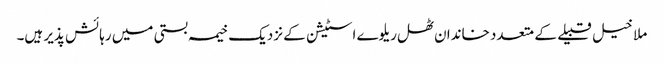
ملا خیل قبیلے کے متعدد خاندان ٹھل ریلوے اسٹیشن کے نزدیک خیمہ بستی میں رہائش پذیر ہیں۔